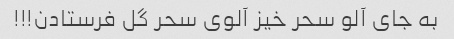
به جای آلو سحر خیز آلوی سحر گل فرستادن!!!